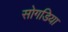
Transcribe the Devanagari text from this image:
सोगडिया